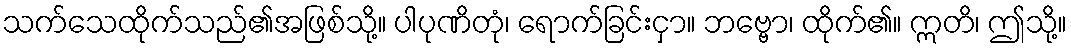
သက်သေထိုက်သည်၏အဖြစ်သို့။ ပါပုဏိတုံ၊ ရောက်ခြင်းငှာ။ ဘဗ္ဗော၊ ထိုက်၏။ ဣတိ၊ ဤသို့။